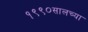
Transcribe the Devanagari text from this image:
१९९०सालच्या